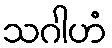
သဂါဟံ